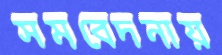
সমবেদনায়